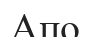
Апо